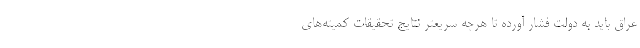
عراق باید به دولت فشار آورده تا هرچه سریعتر نتایج تحقیقات کمیته‌های